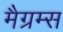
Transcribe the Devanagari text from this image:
मैग्रम्स